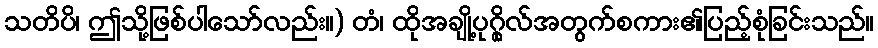
သတိပိ၊ ဤသို့ဖြစ်ပါသော်လည်း။) တံ၊ ထိုအချို့ပုဂ္ဂိုလ်အတွက်စကား၏ပြည့်စုံခြင်းသည်။